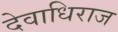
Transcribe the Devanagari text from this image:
देवाधिराज